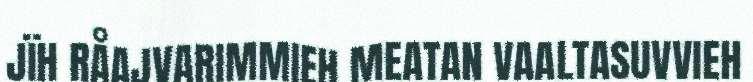
JÏH RÅAJVARIMMIEH MEATAN VAALTASUVVIEH